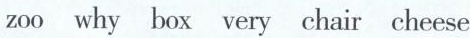
zoo why box very chair cheese